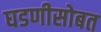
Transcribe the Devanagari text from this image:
घडणीसोबत